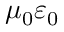
\mu _ { 0 } \varepsilon _ { 0 }